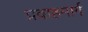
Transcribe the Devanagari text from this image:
प्रवाहमार्ग